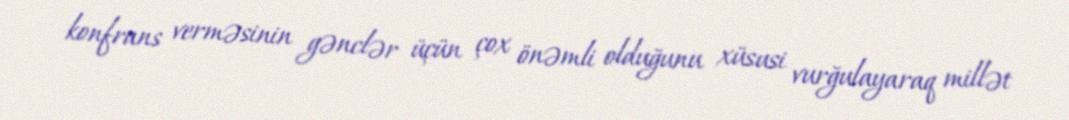
konfrans verməsinin gənclər üçün çox önəmli olduğunu xüsusi vurğulayaraq millət